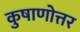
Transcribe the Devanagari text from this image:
कुषाणोत्तर